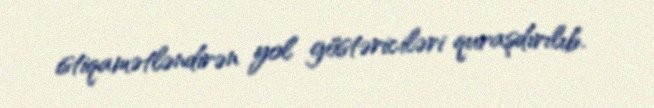
istiqamətləndirən yol göstəriciləri quraşdırılıb.